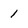
Character: 1